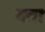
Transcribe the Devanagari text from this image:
गताः